Statistical return of the lunatic asylum in Assam - 1912-1932
Year: 1912
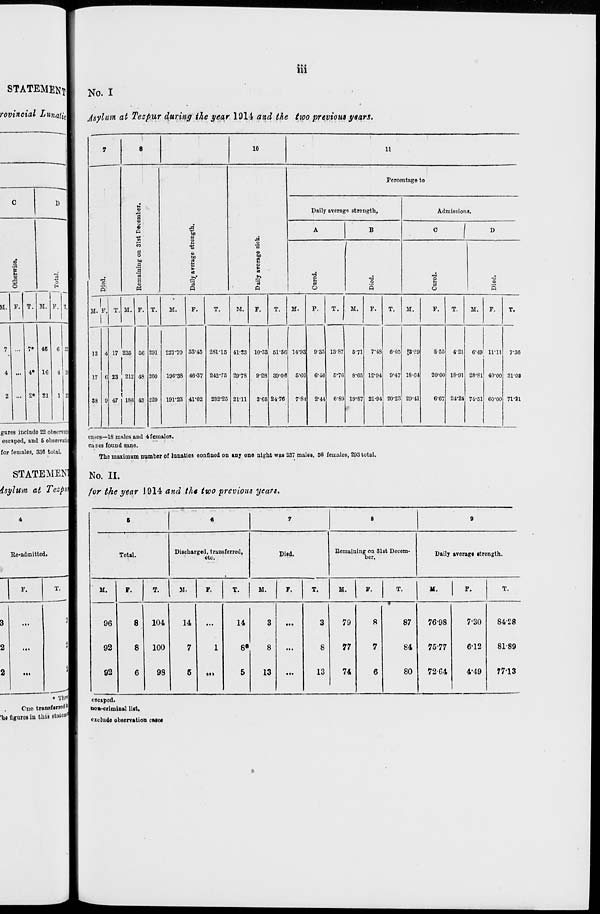
111
STATEMENTI
NO. I
rovincial LutiatiM J s ylum at Tezpur during the year 1914 and the two previous years
gures include 22 observatil
escaped, and 5 observatisj
for females, 336 total.
Re-admitted.
* Tin*!
One tr»uf*ne<li|
he figures in this stutem^
7
8
10
11
Percentage to
u
.a
Daily average strength.
Admissions.
S
•
a
£
A
B
C
D
"S
|
M
1
CO
%
'S
c
o
bo
m
to
60
a
e
g
<D
a
S3
S
•6
■a
i
'3
'5
•a
§
i
1
■a
Rl
M
P
O
o
*S
o
«
1
M. F.
1
T. M. F. T.
M.
F.
T.
M.
F.
T.
M.
F.
T.
M.
F.
T.
M.
F.
T.
M.
F.
T.
13 4 17 235 66 291 227'70 53-45 281-15 41-23 10-33 51-66 14-93 9-35 13 87 5-71 7-4S 6-05 «3-?9
S-55 4-21 6-49 11-11 7'36
17 6 23 212 48 200 19C38 46-37 242-75 29-78 9-28 39-06 6-60 6-16 6-76 8-65 12-94 9-47 18-64
20-00 18-91 28-81 40-00 31-08
38 9 47
:
ISfi 43 229 191-23 41*02 232-25 21-11
365 2476
7-81 2-44 6-89 19-87 21-94 20-23 29-41
6-67 24-24 74-51 60-00 71-Sl
cases—18 mnles and 4 females,
cases found sane.
The maximum number of lunatics confined on any one night was 237 males, 66 females, 293 total.
No. II.
for the year 1914 and the two previous years.
6
«
7
8
9
Total.
Discharged, transferred,
etc.
Dild.
Remaining on 31st Decem-
ber.
Daily average strongth.
M.
F.
T.
SI.
F.
T.
M.
F.
T.
M.
p.
T.
If.
P.
T.
96
92
92
1
8
8
6
104
100
98
14
7
5
1
in
14
8«
5
3
8
13
...
3
8
13
79
77
74
8
7
6
87
84
80
76-98
75-77
72-64
7-30
6-12
4-49
8428
81-89
7713
escaped,
noa-criminal list.
exclude observation cues